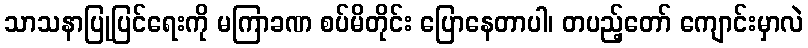
သာသနာပြုပြင်ရေးကို မကြာခဏ စပ်မိတိုင်း ပြောနေတာပါ၊ တပည့်တော် ကျောင်းမှာလဲ